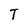
Character: T